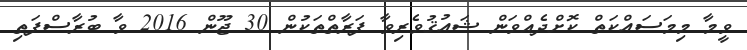
ވީމާ މިމަސައްކަތް ކޮށްދެއްވަން ޝައުޤުވެރިވާ ފަރާތްތަކުން 30 ޖޫން 2016 ވާ ބުރާސްފަތި